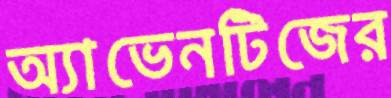
অ্যাভেনটিজের